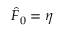
\hat { F } _ { 0 } = \eta